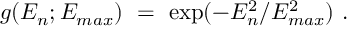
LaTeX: g ( E _ { n } ; E _ { m a x } ) \ = \ \exp ( - E _ { n } ^ { 2 } / E _ { m a x } ^ { 2 } ) \, \, .